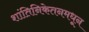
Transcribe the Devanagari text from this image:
शांतिनिकेतनमधून